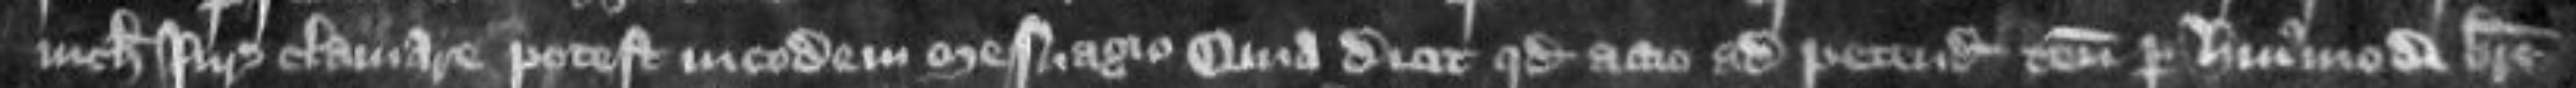
nichil juris clamare potest in eodem mesuagio quia dicit quod actio ad petendum tenementa per hu i usmodi breve